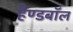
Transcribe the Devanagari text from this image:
हैण्डबॉल